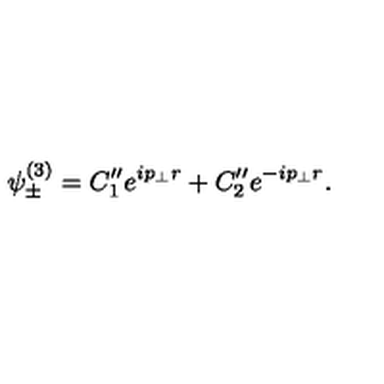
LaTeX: \psi _ { \pm } ^ { ( 3 ) } = C _ { 1 } ^ { \prime \prime } e ^ { i p _ { \bot } r } + C _ { 2 } ^ { \prime \prime } e ^ { - i p _ { \bot } r } .